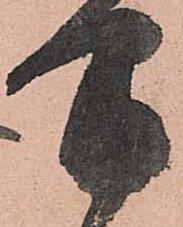
間